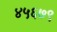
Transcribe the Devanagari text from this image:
४५६७९